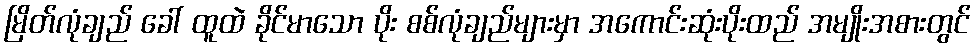
မြိတ်လုံချည် ခေါ် ထူထဲ ခိုင်မာသော ပိုး စစ်လုံချည်များမှာ အကောင်းဆုံးပိုးထည် အမျိုးအစားတွင်